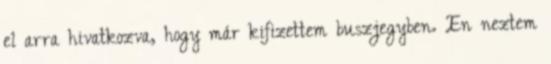
el arra hivatkozva, hogy már kifizettem buszjegyben. En neztem